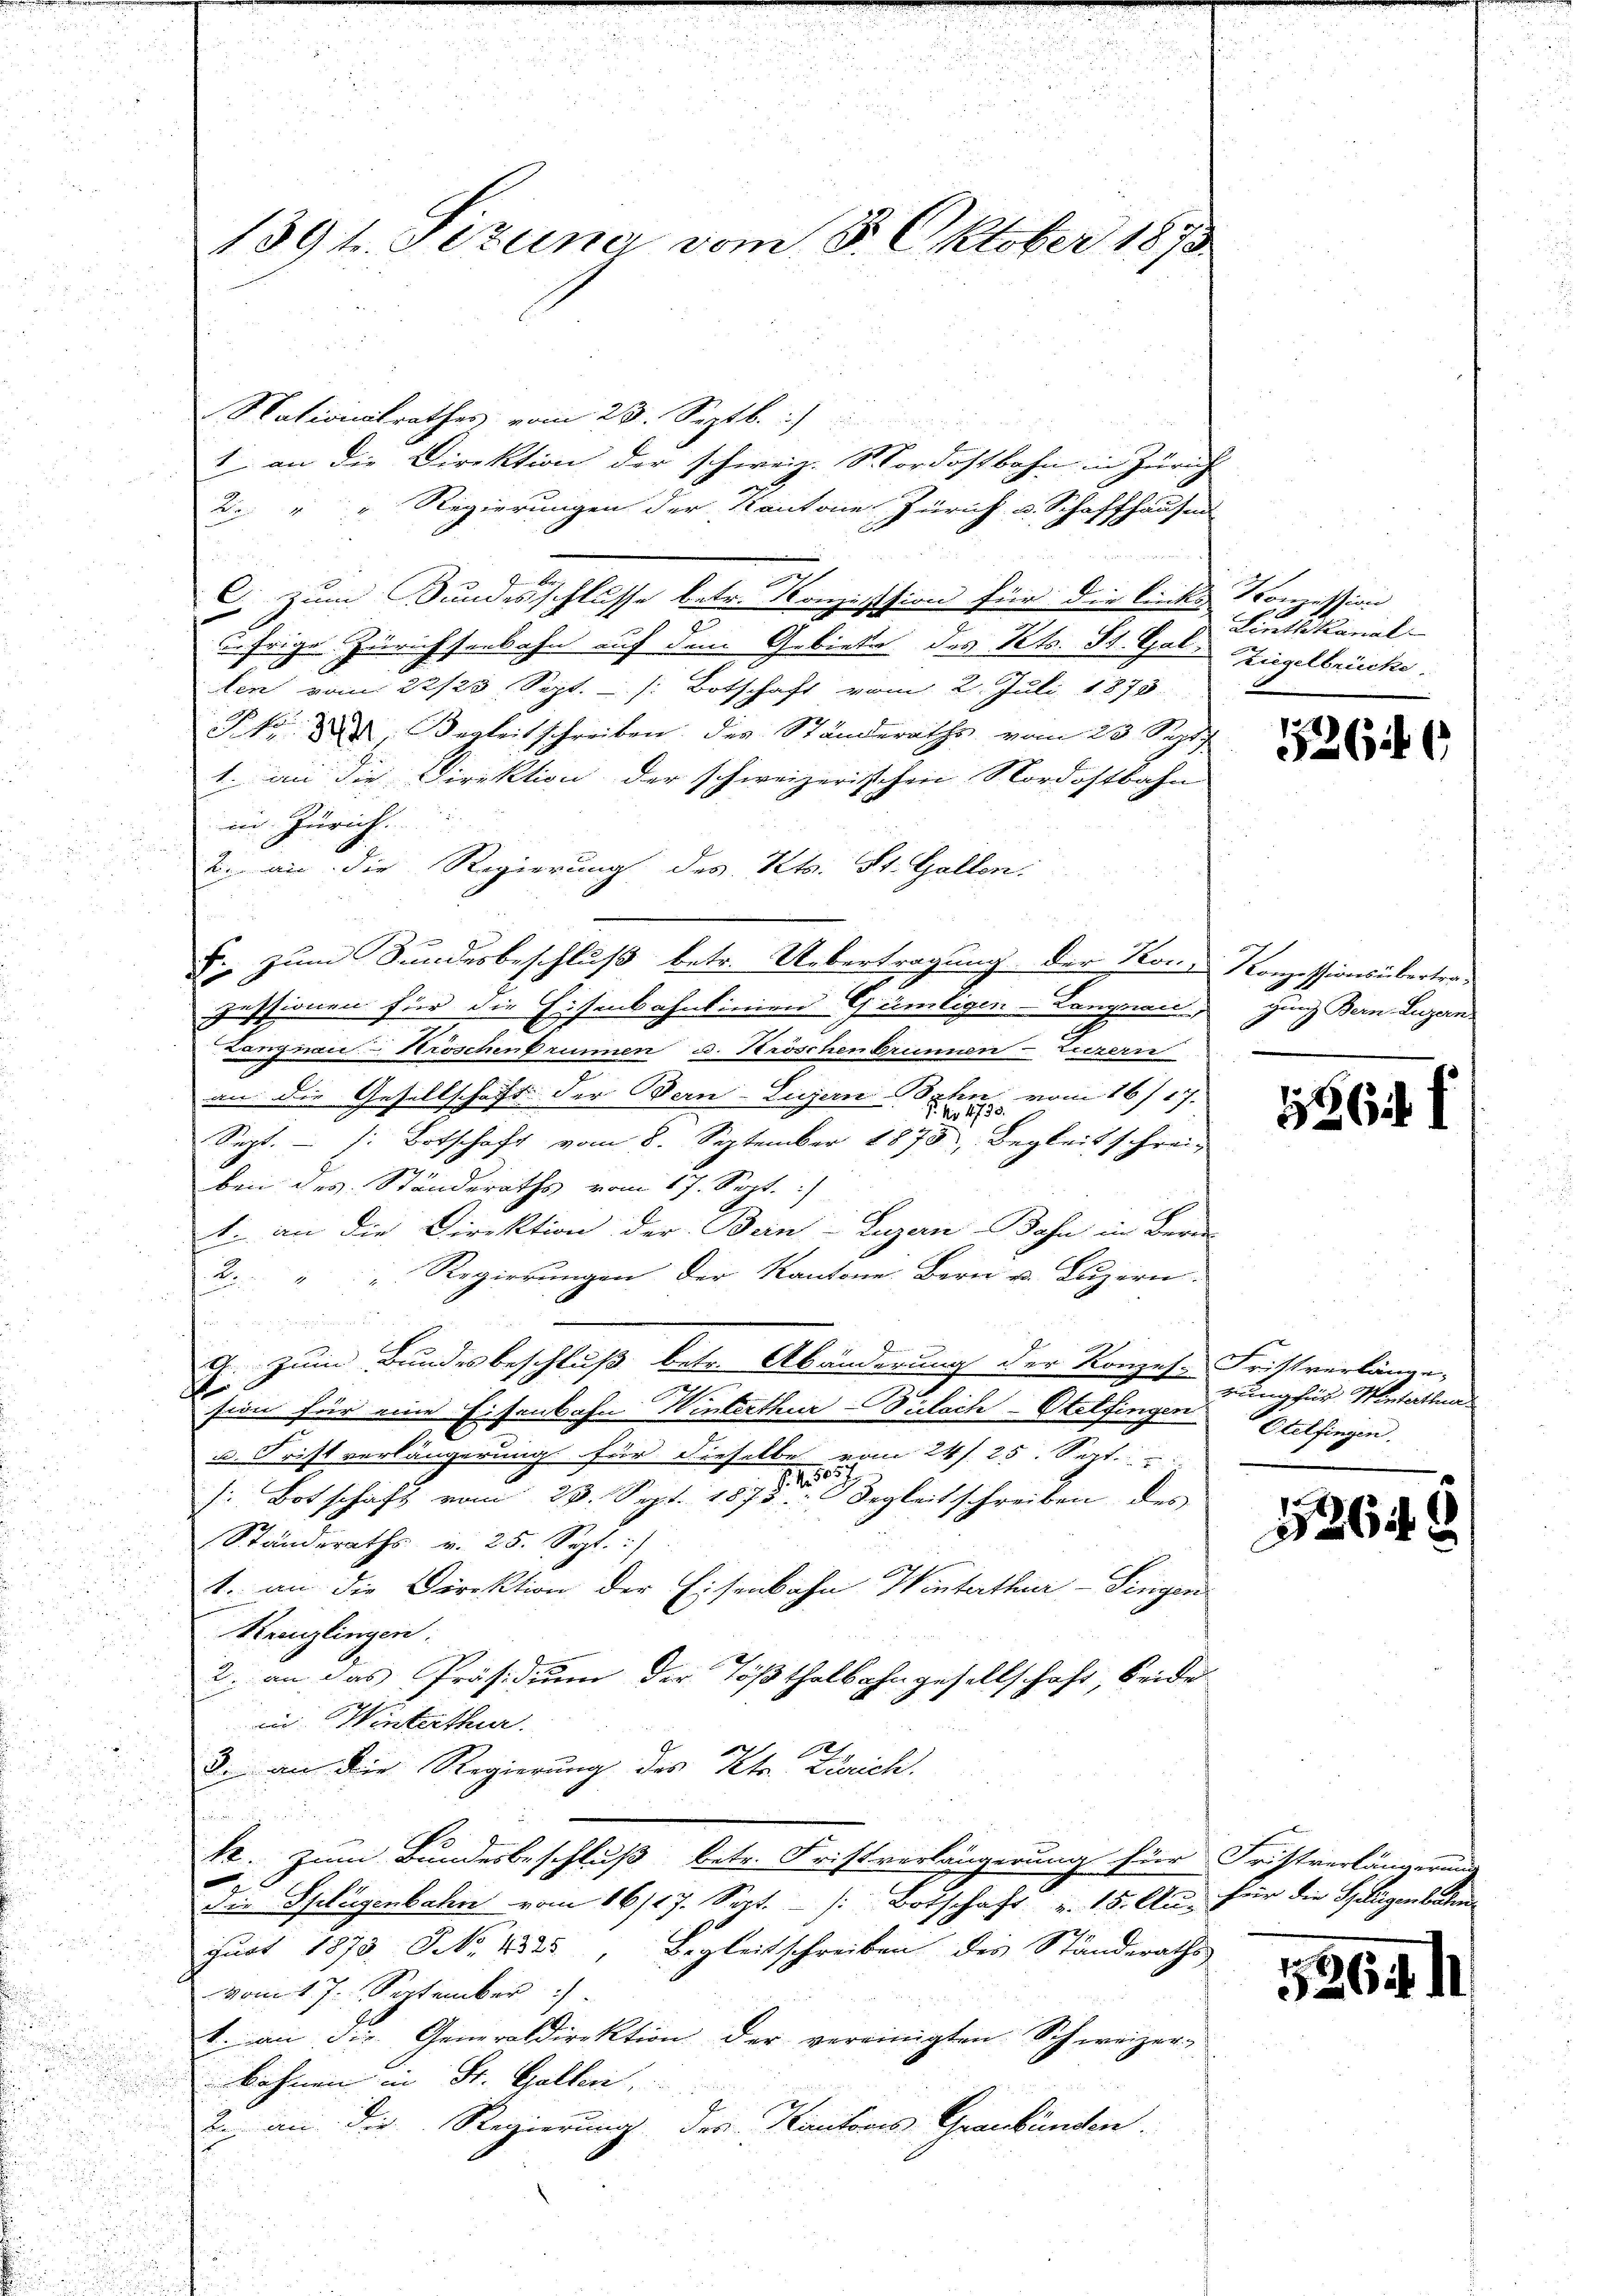
u

1394. Pizuna vom 8. Oktober 1873

Nationalrathes vom 23. Septb.
1 an die Direktion der schweiz. Nordostbahn in Zürich
2. " " Regierungen der Kantone Zürich u. Schaffhausen
.
C. zum Bundesschlusse betr. Konzession für die links Konzession
2
äfrige Zürichseebahn auf dem Gebiete des Vets. St. Gal Ziegelbrücke
len vom 22/23 Sept. - . Botschaft vom 2. Juli 1873
P. k. M. Begleitschreiben des Ständeraths vom 23. Sept.
1. an die Direktion der schweizerischen Nordostbahn
in Zürich
2. an die Regierung des Kts. St. Gallen.
F. zum Sundesbeschluß betr. Uebertragung der Kons Konzessions übertrapessionen für die Eisenbahnlinien Gämtigen-Langewann ganz Bern Luzern
Langnau-Hroschenbrunnen u. Kröschen Brunnen-Zuzern
an die Gesellschaft der Dein Luzern Bahn vom 16. 17.
Sept. - . Botschaft vom 8. September 1875, Begleitschreibei des Ständeraths vom 17. Sept.
1. an die Direktion der Bein Luzern Bahn im Berne
2. " " " Regierungen der Kantone Bern u. Luzern.
G. zum Bundesbeschluß betr. Abänderung der Konzes. Fristverlänge,
sien für eine Eisenbahn Winterthur Buloch-Otelfingen Otelfingen.
J
u. Frist verlängerung für dieselbe vom 24 s. 25. Sept.
h: Botschaft vom 23. Sept. 1875 der Regleitschreiben des |
Ständeraths v. 25. Sept. /
1. an die Direktion der Eisenbahn Winterthur–Singen
Kreuzlingen.
2. an das Präsidium der Tößthalbahngesellschaft, beide
in Winterthur.
3. an die Regierung des Kts Zürich
hineinan
kr. zum Bundesbeschluß betr. Fristverlängerung für Fristverlängerung
die Splügenbahn vom 16/17. Sept. - . Botschaft u. 15. Aus für die Splügenbahn
gust 1873 NNo. 4325
Begleitschreiben des Standeraths
vom 17. September
t. an die Generaldirektion der vereinigten Schweizer-
bahnen in St. Gallen,
2. an die Regierung des Kantonis Graubünden.

Linthkanal-

526

196

rung für Winterthur

6

1364